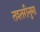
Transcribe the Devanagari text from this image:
तश्तरीनुमा